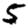
Digit: 5